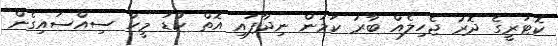
ކޮޓަރީގެ ދޮރު ޖެހިލެއް ބާރު ކަމުން ނިދާފައި އޮތް ކުޑަ މީހާ ސިއްސައިގެން